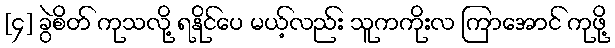
[၄] ခွဲစိတ် ကုသလို့ ရနိုင်ပေ မယ့်လည်း သူကကိုးလ ကြာအောင် ကုဖို့